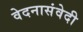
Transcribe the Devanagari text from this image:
वेदनासंवेदी